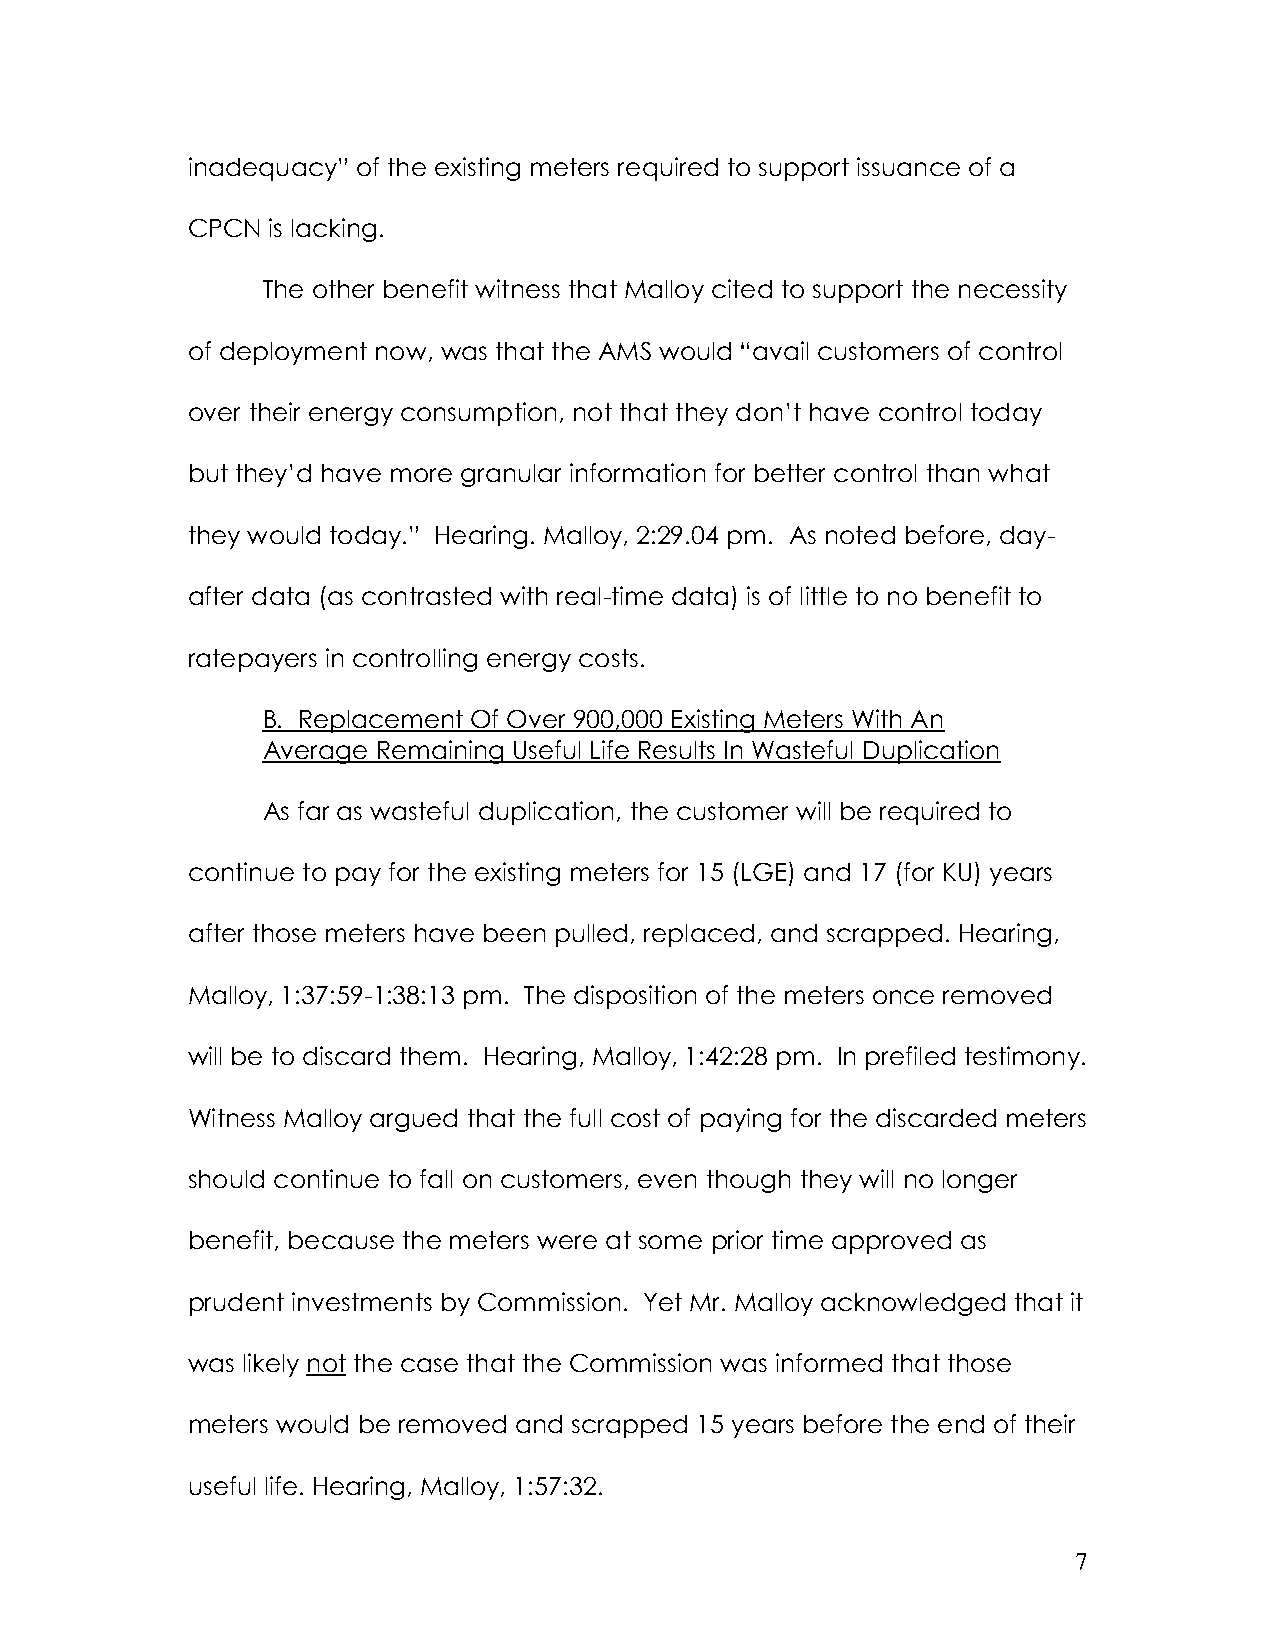
inadequacy” of the existing meters required to support issuance of a
 CPCN  is lacking.
 The other benefit witness that Malloy cited to support the necessity
 of deployment now, was that the AMS would “avail customers of control
 over their energy consumption, not that they don’t have control today
 but they’d have more granular information for better control than what
 they would today.” Hearing. Malloy, 2:29.04 pm. As noted before, day-
 after data (as contrasted with real-time data) is of little to no benefit to
 ratepayers in controlling energy costs.
 B. Replacement Of Over 900,000 Existing Meters With An
 Average Remaining Useful Life Results In Wasteful Duplication
 As far as wasteful duplication, the customer will be required to
 continue to pay for the existing meters for 15 (LGE) and 17 (for KU) years
 after those meters have been pulled, replaced, and scrapped. Hearing,
 Malloy, 1:37:59-1:38:13 pm. The disposition of the meters once removed
 will be to discard them. Hearing, Malloy, 1:42:28 pm. In prefiled testimony.
 Witness Malloy argued that the full cost of paying for the discarded meters
 should continue to fall on customers, even though they will no longer
 benefit, because the meters were at some prior time approved as
 prudent investments by Commission. Yet Mr. Malloy acknowledged that it
 was likely not the case that the Commission was informed that those
 meters would be removed and scrapped 15 years before the end of their
 useful life. Hearing, Malloy, 1:57:32.
 7